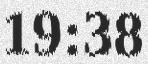
19:38